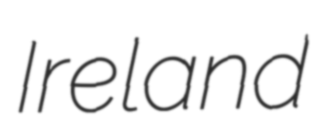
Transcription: Ireland